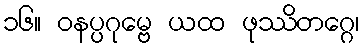
၁၆။ ဝနပ္ပဂုမ္ဗေ ယထ ဖုဿိတဂ္ဂေ၊